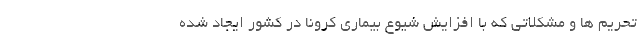
تحریم ها و مشکلاتی که با افزایش شیوع بیماری کرونا در کشور ایجاد شده